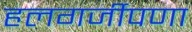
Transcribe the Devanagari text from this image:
हलगर्जीपणा